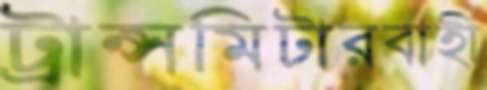
ট্রান্সমিটারবাহী